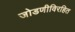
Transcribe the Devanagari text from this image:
जोडणीविरहित